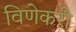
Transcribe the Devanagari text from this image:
विणेकरी